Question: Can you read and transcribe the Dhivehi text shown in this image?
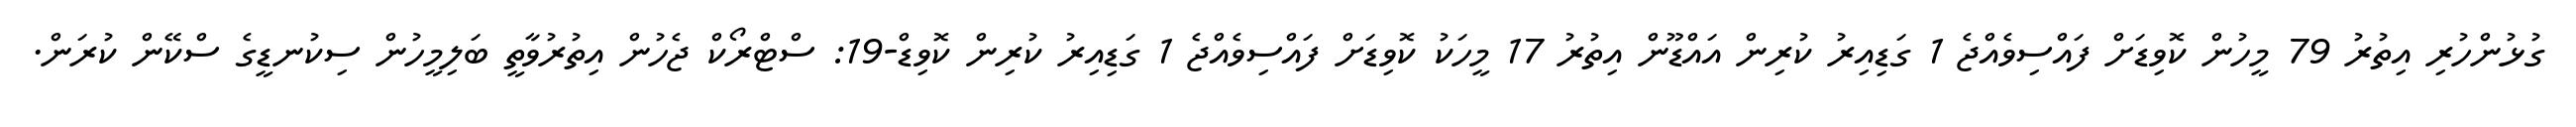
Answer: ގުޅުންހުރި އިތުރު 79 މީހުން ކޮވިޑަށް ފައްސިވެއްޖެ 1 ގަޑިއިރު ކުރިން އައްޑޫން އިތުރު 17 މީހަކު ކޮވިޑަށް ފައްސިވެއްޖެ 1 ގަޑިއިރު ކުރިން ކޮވިޑް-19: ސްޓްރޯކް ޖެހުން އިތުރުވާތީ ބަލިމީހުން ސިކުނޑީގެ ސްކޭން ކުރަން.